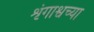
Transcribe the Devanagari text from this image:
शृंगाश्वच्या